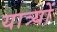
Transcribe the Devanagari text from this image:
यात्र्यों